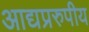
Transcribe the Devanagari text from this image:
आद्यप्ररुपीय